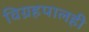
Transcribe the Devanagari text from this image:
विग्रहपालही